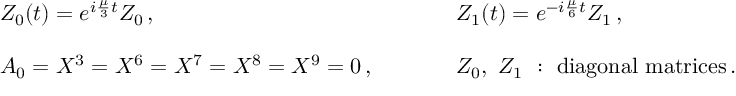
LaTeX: \begin{array} { l l } { { Z _ { 0 } ( t ) = e ^ { i \frac { \mu } { 3 } t } { \cal Z } _ { 0 } \, , ~ ~ ~ ~ } } & { { ~ ~ ~ ~ Z _ { 1 } ( t ) = e ^ { - i \frac { \mu } { 6 } t } { \cal Z } _ { 1 } \, , } } \\ { { { } } } & { { { } } } \\ { { A _ { 0 } = X ^ { 3 } = X ^ { 6 } = X ^ { 7 } = X ^ { 8 } = X ^ { 9 } = 0 \, , ~ ~ ~ ~ } } & { { ~ ~ ~ ~ { \cal Z } _ { 0 } , ~ { \cal Z } _ { 1 } ~ : ~ \mathrm { d i a g o n a l ~ m a t r i c e s } \, . } } \end{array}